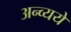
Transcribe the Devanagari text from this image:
अन्व्यये